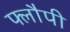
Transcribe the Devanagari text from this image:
फ्लौपी